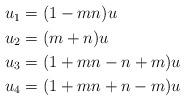
LaTeX: \begin{align*}\begin{aligned}u_1& = (1-mn)u \\u_2& = (m+n)u \\u_3& = (1+mn-n+m)u \\u_4& = (1+mn+n-m)u \\\end{aligned}\end{align*}